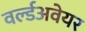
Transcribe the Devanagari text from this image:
वर्ल्डअवेयर